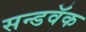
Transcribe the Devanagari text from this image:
सन्डवॅक